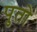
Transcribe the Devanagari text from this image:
पुतो